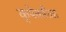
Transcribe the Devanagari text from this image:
कृपेकरिता